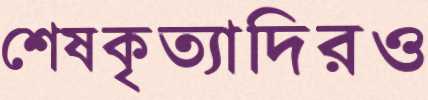
শেষকৃত্যাদিরও